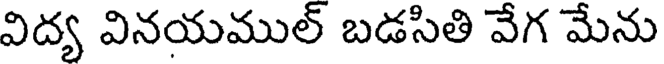
విద్య వినయముల్ బడసితి వేగ మేను